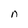
Character: n